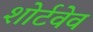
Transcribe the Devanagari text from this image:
शोर्टवेव